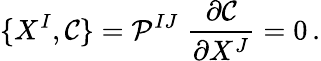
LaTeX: \{ X^{I},\mathcal{C}\} =\mathcal{P}^{IJ}\; \frac{\partial\mathcal{C}}{\partial X^{J}}=0\, .